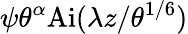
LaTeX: \psi\theta^{\alpha}\textrm{Ai}(\lambda z/\theta^{1/6})